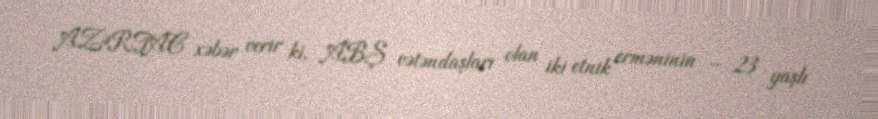
AZƏRTAC xəbər verir ki, ABŞ vətəndaşları olan iki etnik erməninin – 23 yaşlı